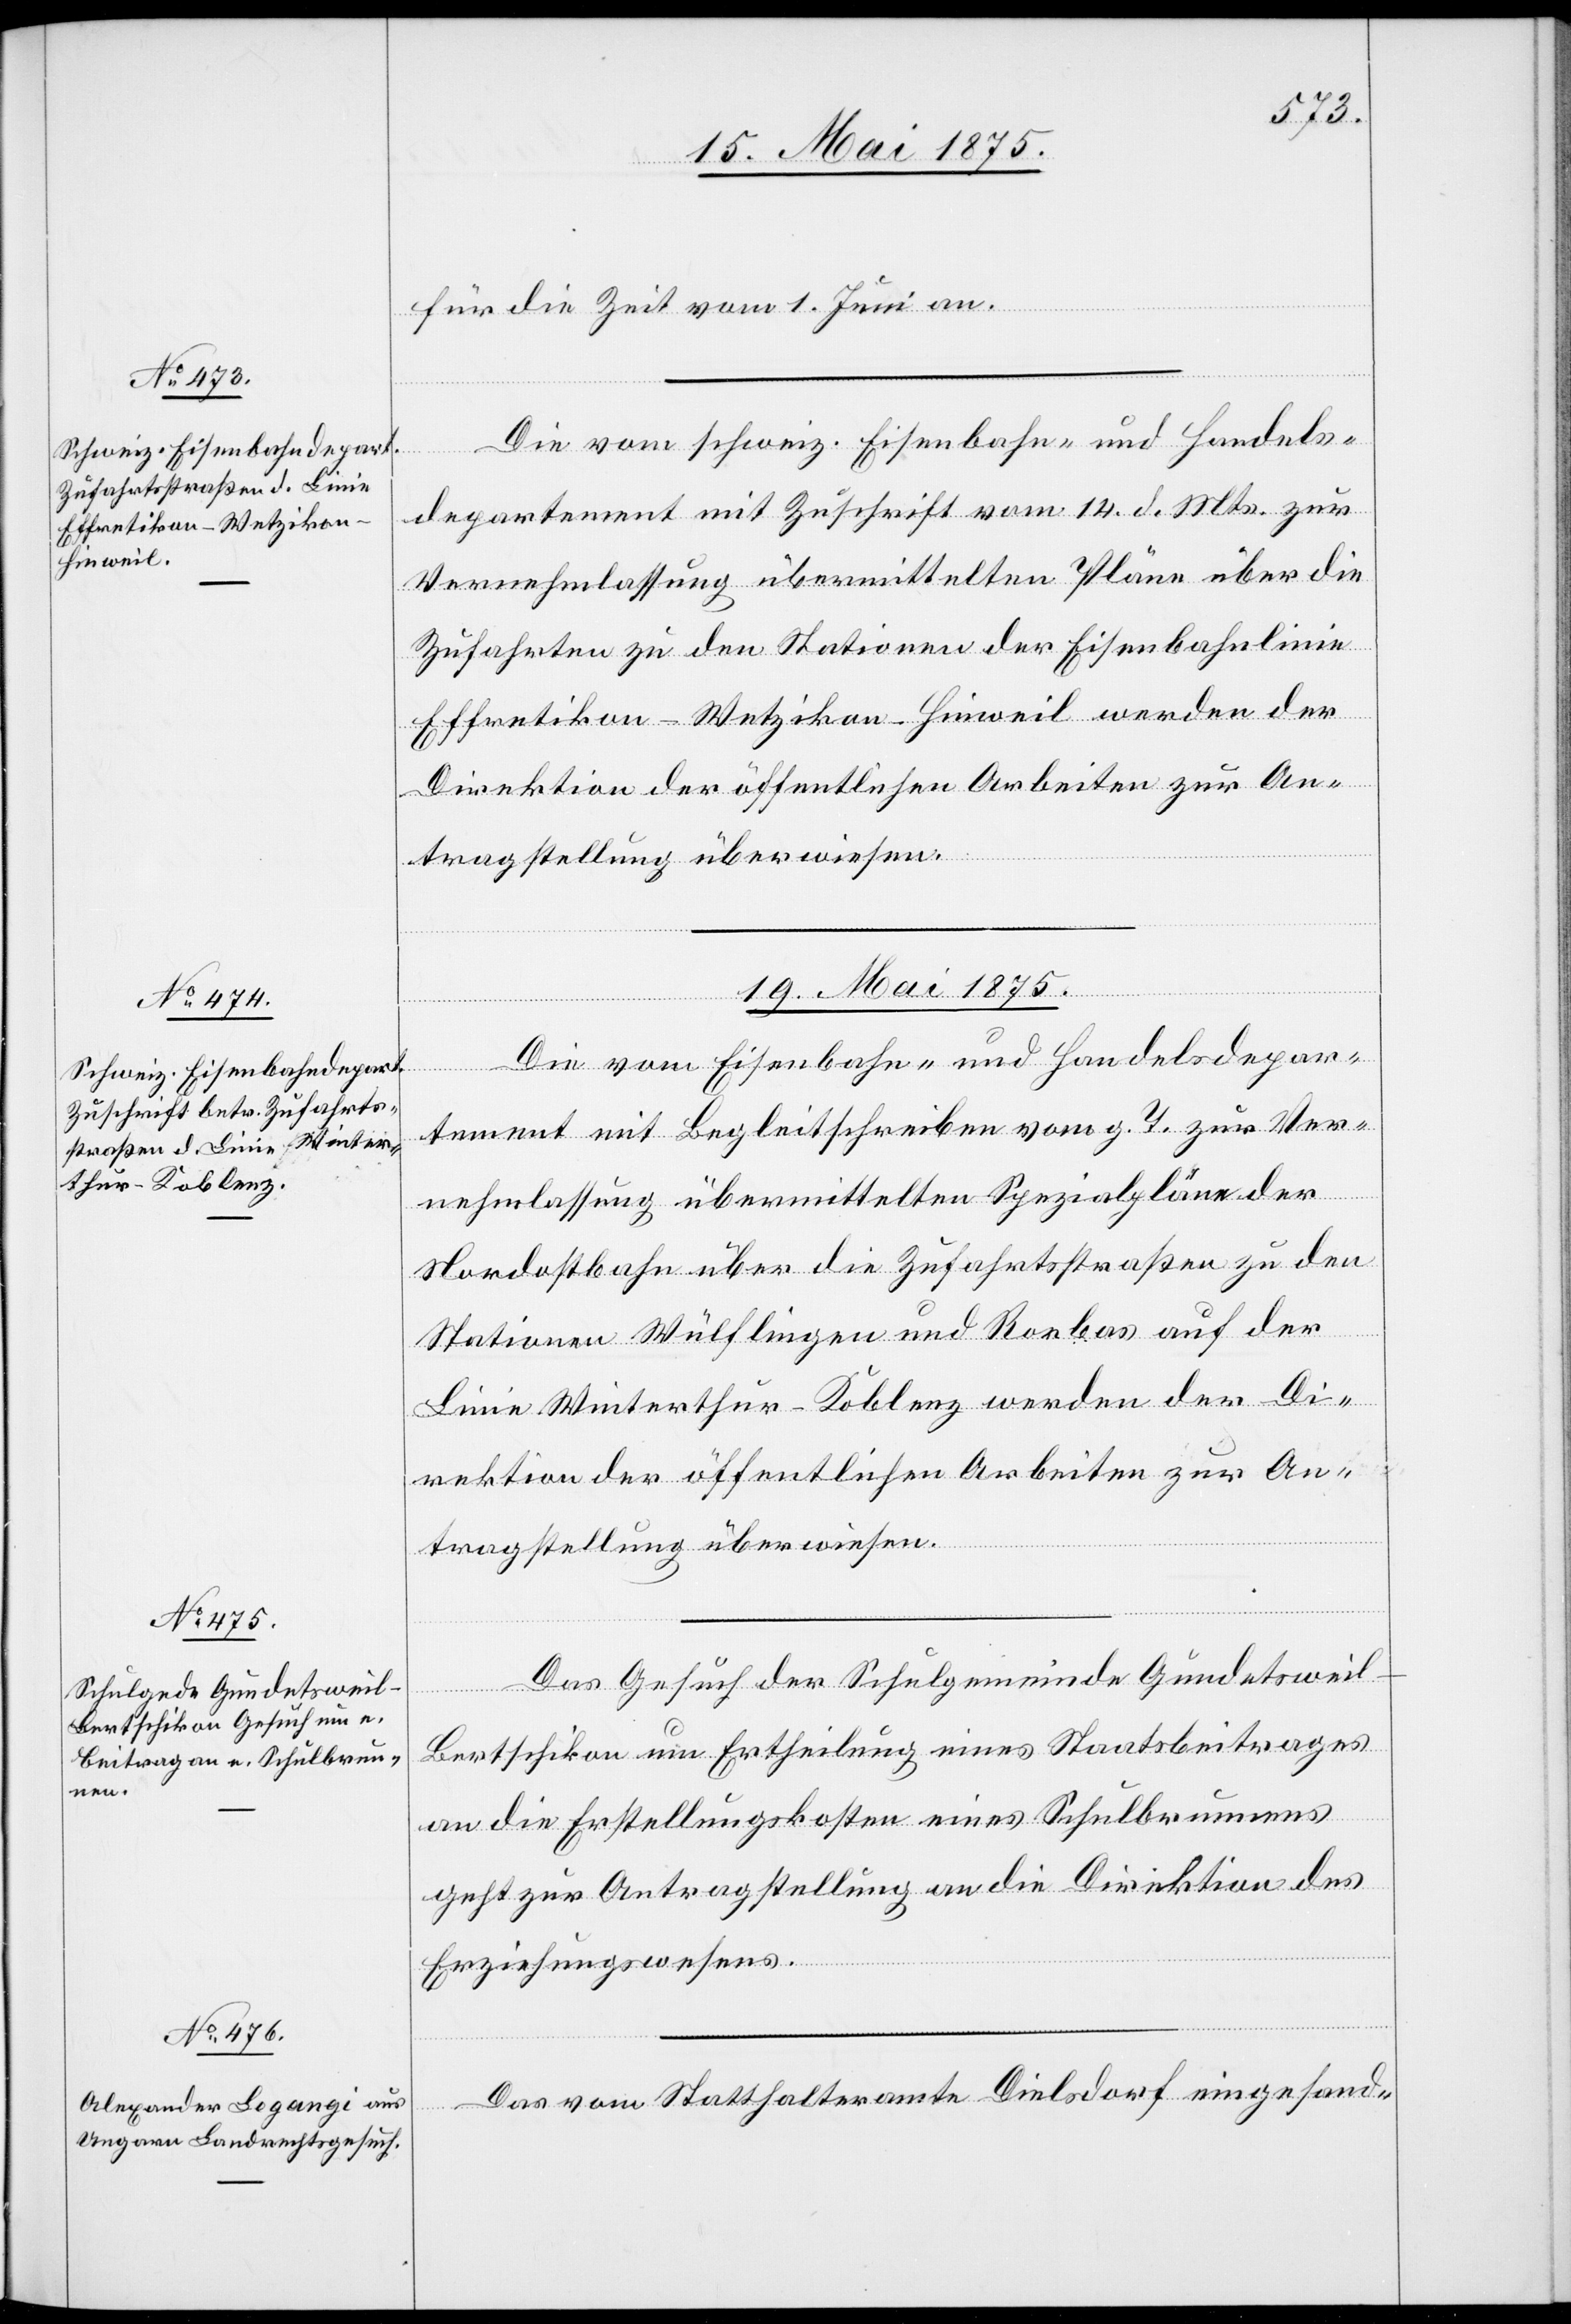
18. Mai 1875.]
für die Zeit vom 1. Juni an.
Die vom schweiz. Eisenbahn-und Handels¬
departement mit Zuschrift vom 14. d. Mts. zur
Vernehmlassung übermittelten Pläne über die
Zufahrten zu den Stationen der Eisenbahnlinie
Effretikon–Wetzikon–Hinweil werden der
Direktion der öffentlichen Arbeiten zur An¬
tragstellung überwiesen.
19. Mai 1875.]
Die vom Eisenbahn- und Handelsdepar¬
tement mit Begleitschreiben vom g. T. zur Ver¬
nehmlassung übermittelten Spezialpläne der
Nordostbahn über die Zufahrtstraßen zu den
Stationen Wülflingen und Rorbas auf der
Linie Winterthur–Koblenz werden der Di¬
rektion der öffentlichen Arbeiten zur An¬
Das Gesuch der Schulgemeinde Gundetswei¬
l-Bertschikon um Ertheilung eines Staatsbeitrages
an die Erstellungskosten eines Schulbrunnens
geh zur Antragstellung an die Direktion des
Erziehungswesens.
Das vom Statthalteramte Dielsdorf eingesand-